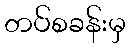
တပ်စခန်းမှ